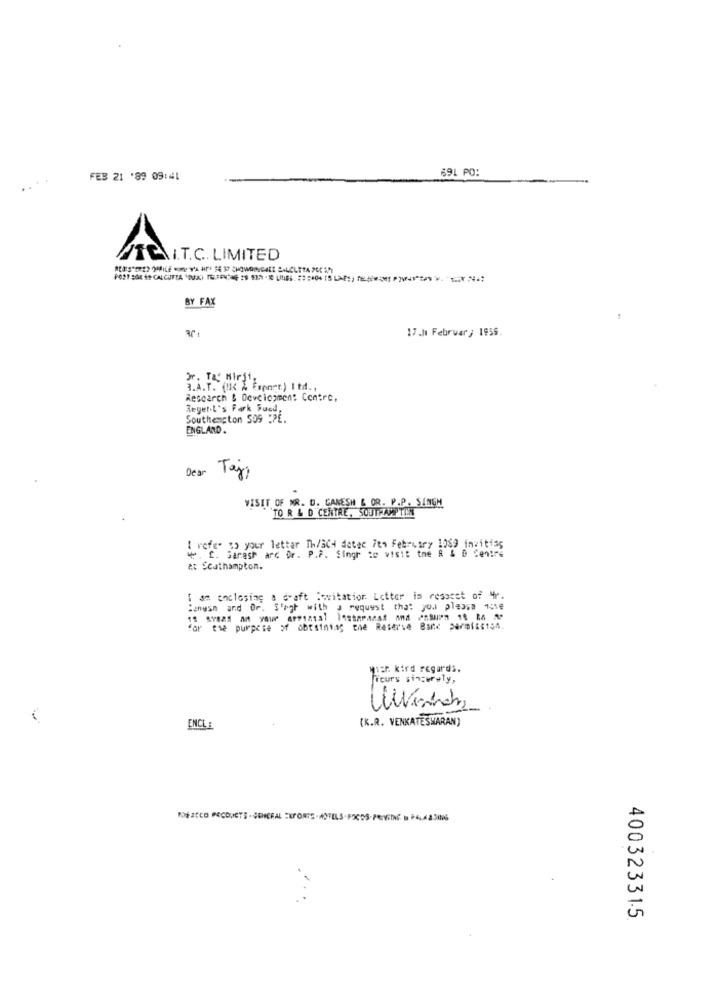
FEB 21 '89 09:41
691 PO:
ATEN.T.C. LIMITED
REDES"(E) (FILE wa YA HP $4 37 CHOWOINGALE SALCLETA POCO
BY FAX
17.ht Februar ; 1959.
Or. T&C Mirji
3.A.T. (IK A Espagr.) Itd. .
Research & Development Centre,
Regent's Park Sucd,
Southampton SOS PPE.
ENGLAND.
Dear Taja
VISIT OF MR. D. GANESH & OR. P.P. SINGH
"TO R & D"CENTRE, SOUTHAMPTON
& rofes a> your letter Th/SCH detec 7th February 1089 invitias
w. C. Garast arc Or. P.P. Singr to visit the & & D Centre
at Southampton.
I am enclosing a draft Sovitation Letter in resaset of 4r.
tanush and Or. S'ogh with a request that you please 131e
for the purpose of obtaining the Reserve Bank permission.
with kind regards.
Freurs sincerely,
1-
(K.R. VENKATESMARAN)
ENCL:
U
is
400323315